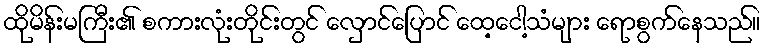
ထိုမိန်းမကြီး၏ စကားလုံးတိုင်းတွင် လှောင်ပြောင် ထေ့ငေါ့သံများ ရောစွက်နေသည်။